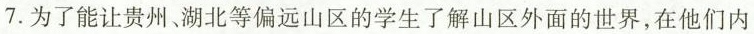
7.为了能让贵州、湖北等偏远山区的学生了解山区外面的世界，在他们